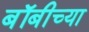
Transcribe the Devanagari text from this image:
बॉबीच्या